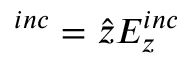
{ \v E } ^ { i n c } = \hat { z } E _ { z } ^ { i n c }